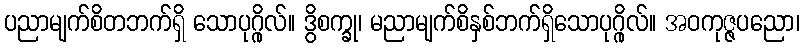
ပညာမျက်စိတဘက်ရှိ သောပုဂ္ဂိုလ်။ ဒွိစက္ခု၊ မညာမျက်စိနှစ်ဘက်ရှိသောပုဂ္ဂိုလ်။ အဝကုဇ္ဇပညော၊